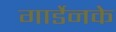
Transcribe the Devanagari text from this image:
गार्डेनके